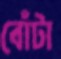
বোঁটা